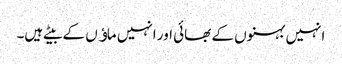
انہیں بہنوں کے بھائی اور انہیں ماﺅں کے بیٹے ہیں۔